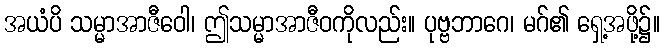
အယံပိ သမ္မာအာဇီဝေါ၊ ဤသမ္မာအာဇီဝကိုလည်း။ ပုဗ္ဗဘာဂေ၊ မဂ်၏ ရှေ့အဖို့၌။